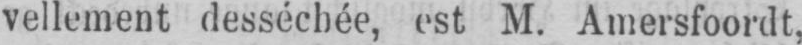
vellement desséchée, est M. Amersfoordt,